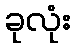
ခုလုံး